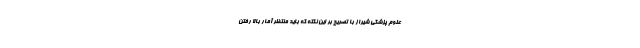
علوم پزشکی شیراز با تصریح بر این نکته که باید منتظر آمار بالا رفتن